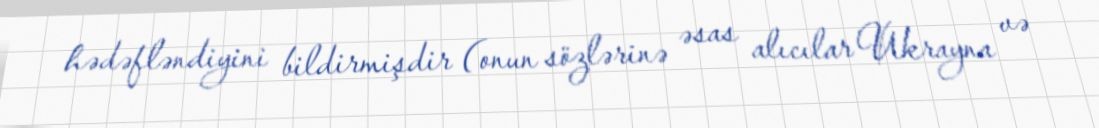
hədəfləndiyini bildirmişdir (onun sözlərinə əsas alıcılar Ukrayna və